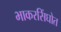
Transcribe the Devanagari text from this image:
भाकरसिंघोत